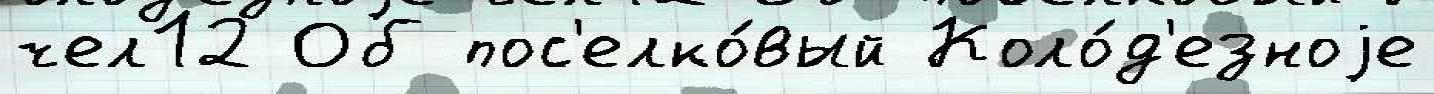
чел12 Об пос'елко́вый Коло́д'езноjе